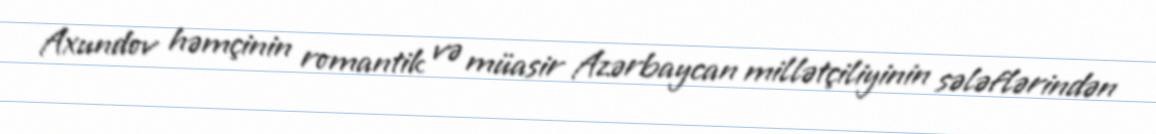
Axundov həmçinin romantik və müasir Azərbaycan millətçiliyinin sələflərindən